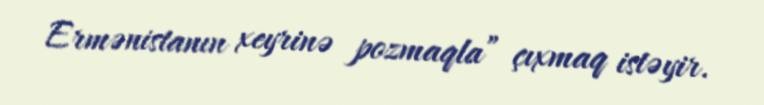
Ermənistanın xeyrinə pozmaqla” çıxmaq istəyir.